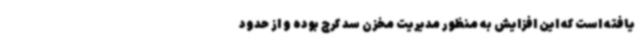
یافته است که این افزایش به منظور مدیریت مخزن سد کرج بوده و از حدود